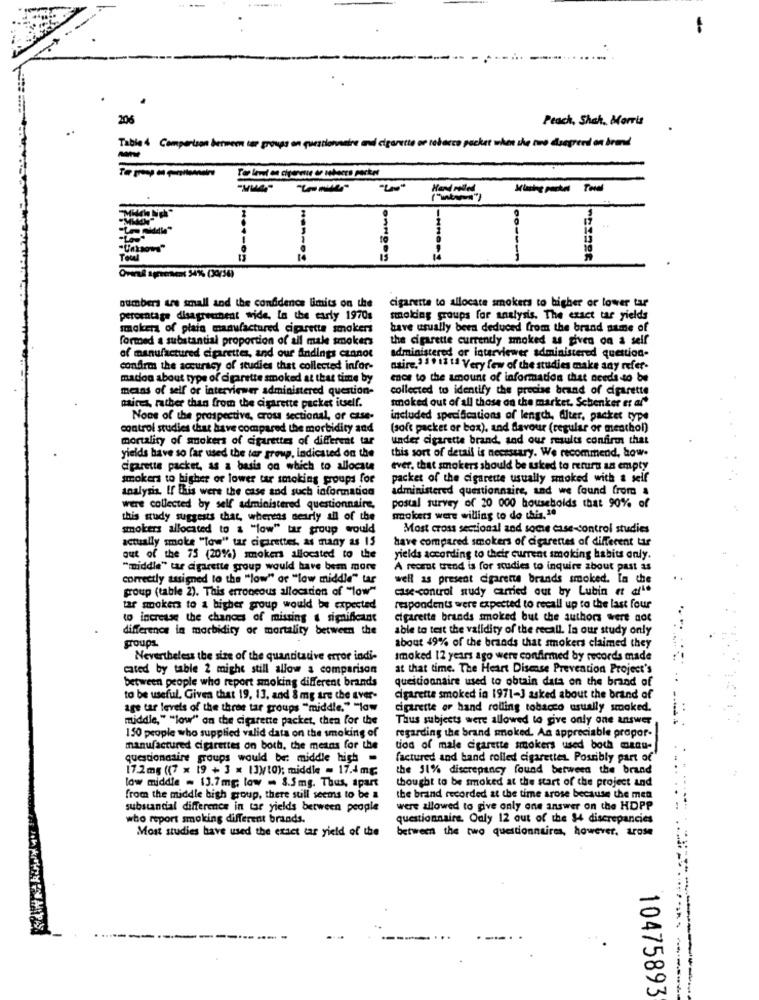
206
Peach, Shah. Morris
Table 4 Comparison between in groups on questionnaire and cigarette or tobacco packet when the two doagreed on brand
Klubs perhat Tonal
"Unknows"
numbers we small and the confidence limits on the
cigarette to allocate smokers to higher or lower tar
percentage disagreement wide. In the early 1970s
smoking groups for analysis. The exact tar yields
smoker of plain manufactured cigarette smokers
have usually been deduced from the brand name of
formed a substantial proportion of all male smokers
the cigarette currently smoked as given on a self
of manufactured cigarettes, and our Andings cannot
administered or interviewer administered question.
confirm the accuracy of studies that collected infor-
asire.3 19 13 1ª Very few of the studies make any refer.
madon about type of cigarette smoked at that time by
enos to the amount of information that needs to be
means of self or interviewer administered question-
collected to identify the precise brand of cigarette
smoked out of all those on the market. Schenker er af"
paires, rather than from the cigarette packet itself.
Nous of the prospective, cross sectional, or case-
included specifications of lengths, Alter, packet type
control studies that have compared the morbidity and
(soft packet or box), and favour (regular or menthol)
mortality of smokers of cigarettes of different tar
under cigarette brand, and our results confirm that
this sort of detall is necessary. We recommend, how.
yields have so far used the tar group, indicated on the
cigarette packet, as a basis on which to allocate
ever, that smokers should be asked to return an empty
smokers to higher or lower tar smoking groups for
packet of the cigarette usually smoked with a self
administered questionnaire, and we found from &
analysis. If this were the case and such information
were collected by self administered questionnaire,
postal survey of 20 000 households that 90% of
this study suggests that, whereas nearly all of the
mokers were willing to do this, 1ª
smokers allocated to a "low" tar group would
Most cross sectional and some case-control studies
actually smoke "tow" tar cigarettes, as many as 15
have compared smokers of cigarettes of different tas
out of the 75 (20%) smokers allocated to the
yields according to their current smoking habits only.
"middle" tar cigarette group would have bem more
A recrut trend is for studies to inquire about past as
correctly assigned to the "low" or "low middle" tar
well as present cigarette brands smoked. In the
group (table 2). This erroneous allocation of "low"
case-control study carried out by Lubin et af""
tar mokers to a higher group would be expected
respondents were expected to recall up to the last four
to increase the chances of missing & significant
cigarette brands smoked but the authors were not
difference in morbidity or mortality between the
able to test the validity of the recall. In our study only
groups.
about 49% of the brands that smokers claimed they
Nevertheless the size of the quantitative error indi-
smoked 12 years ago were confirmed by records made
cated by table 2 might still allow a comparison
at that time. The Heart Disease Prevention Project's
between people who report smoking different brands
questionnaire used to obtain data on the brand of
to be useful. Given that 19, 13. and 8 mg are the Ever-
cigarette smoked in 1971-J asked about the brand of
age tar levels of the three tar groups "middle." "law
cigarette or hand rolling tobacco usually smoked.
middle," "low" on the cigarette packet, then for the
Thus subjects were allowed to give only one answer
150 people who supplied valid data on the smoking of
regarding the brand smoked. An appreciable propor-
manufactured cigarettes on both, the means for the
tion of male cigarette smokers used boch manu-
questionnaire groups would be: middle high -
factured and band rolled cigarettes. Possibly part of
17.2mg ((7 x 19 + 3 = 13)/10); middle - 17.4 mg.
the 51% discrepancy found between the brand
low middle = 13.7mg; low - 8.5mg. Thus, apart
thought to be smoked at the start of the project and
from the middle bish group, there still seems to be a
the brand recorded at the time arose because the men
substantial difference in tar yields between people
were allowed to give only one answer on the HDPP
who report smoking different brands.
questionnaire. Only 12 out of the $4 discrepancies
Most studies have used the exact tar yield of the
between the two questionnaires, however, arose
10475893